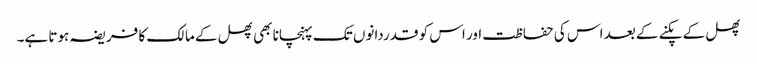
پھل کے پکنے کے بعد اس کی حفاظت اور اس کو قدردانوں تک پہنچانا بھی پھل کے مالک کا فریضہ ہوتا ہے۔